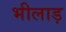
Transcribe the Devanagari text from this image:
भीलाड़